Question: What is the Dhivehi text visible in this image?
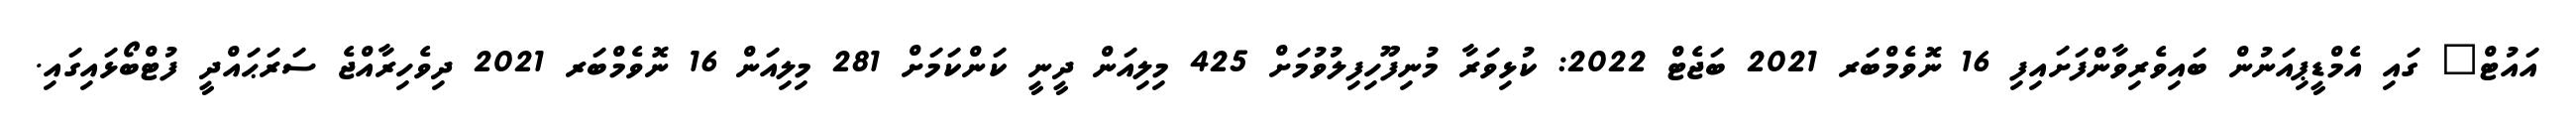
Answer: އައުޓް" ގައި އެމްޑީޕިއަނުން ބައިވެރިވާންފަށައިފި 16 ނޮވެމްބަރ 2021 ބަޖެޓް 2022: ކުޅިވަރާ މުނިފޫހިފިލުވުމަށް 425 މިލިއަން ދީނީ ކަންކަމަށް 281 މިލިއަން 16 ނޮވެމްބަރ 2021 ދިވެހިރާއްޖެ ސަރަޙައްދީ ފުޓްބޯޅައިގައި.